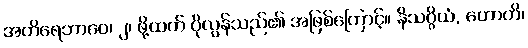
အတိရေဘာဝေ၊ ၂၊ ဖို့ထက် ပိုလွန်သည်၏ အဖြစ်ကြောင့်။ နိသဂ္ဂိယံ, ဟောတိ၊